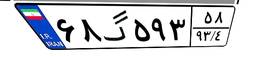
۶۸گ۵۹۳۵۸